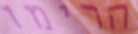
הרימו